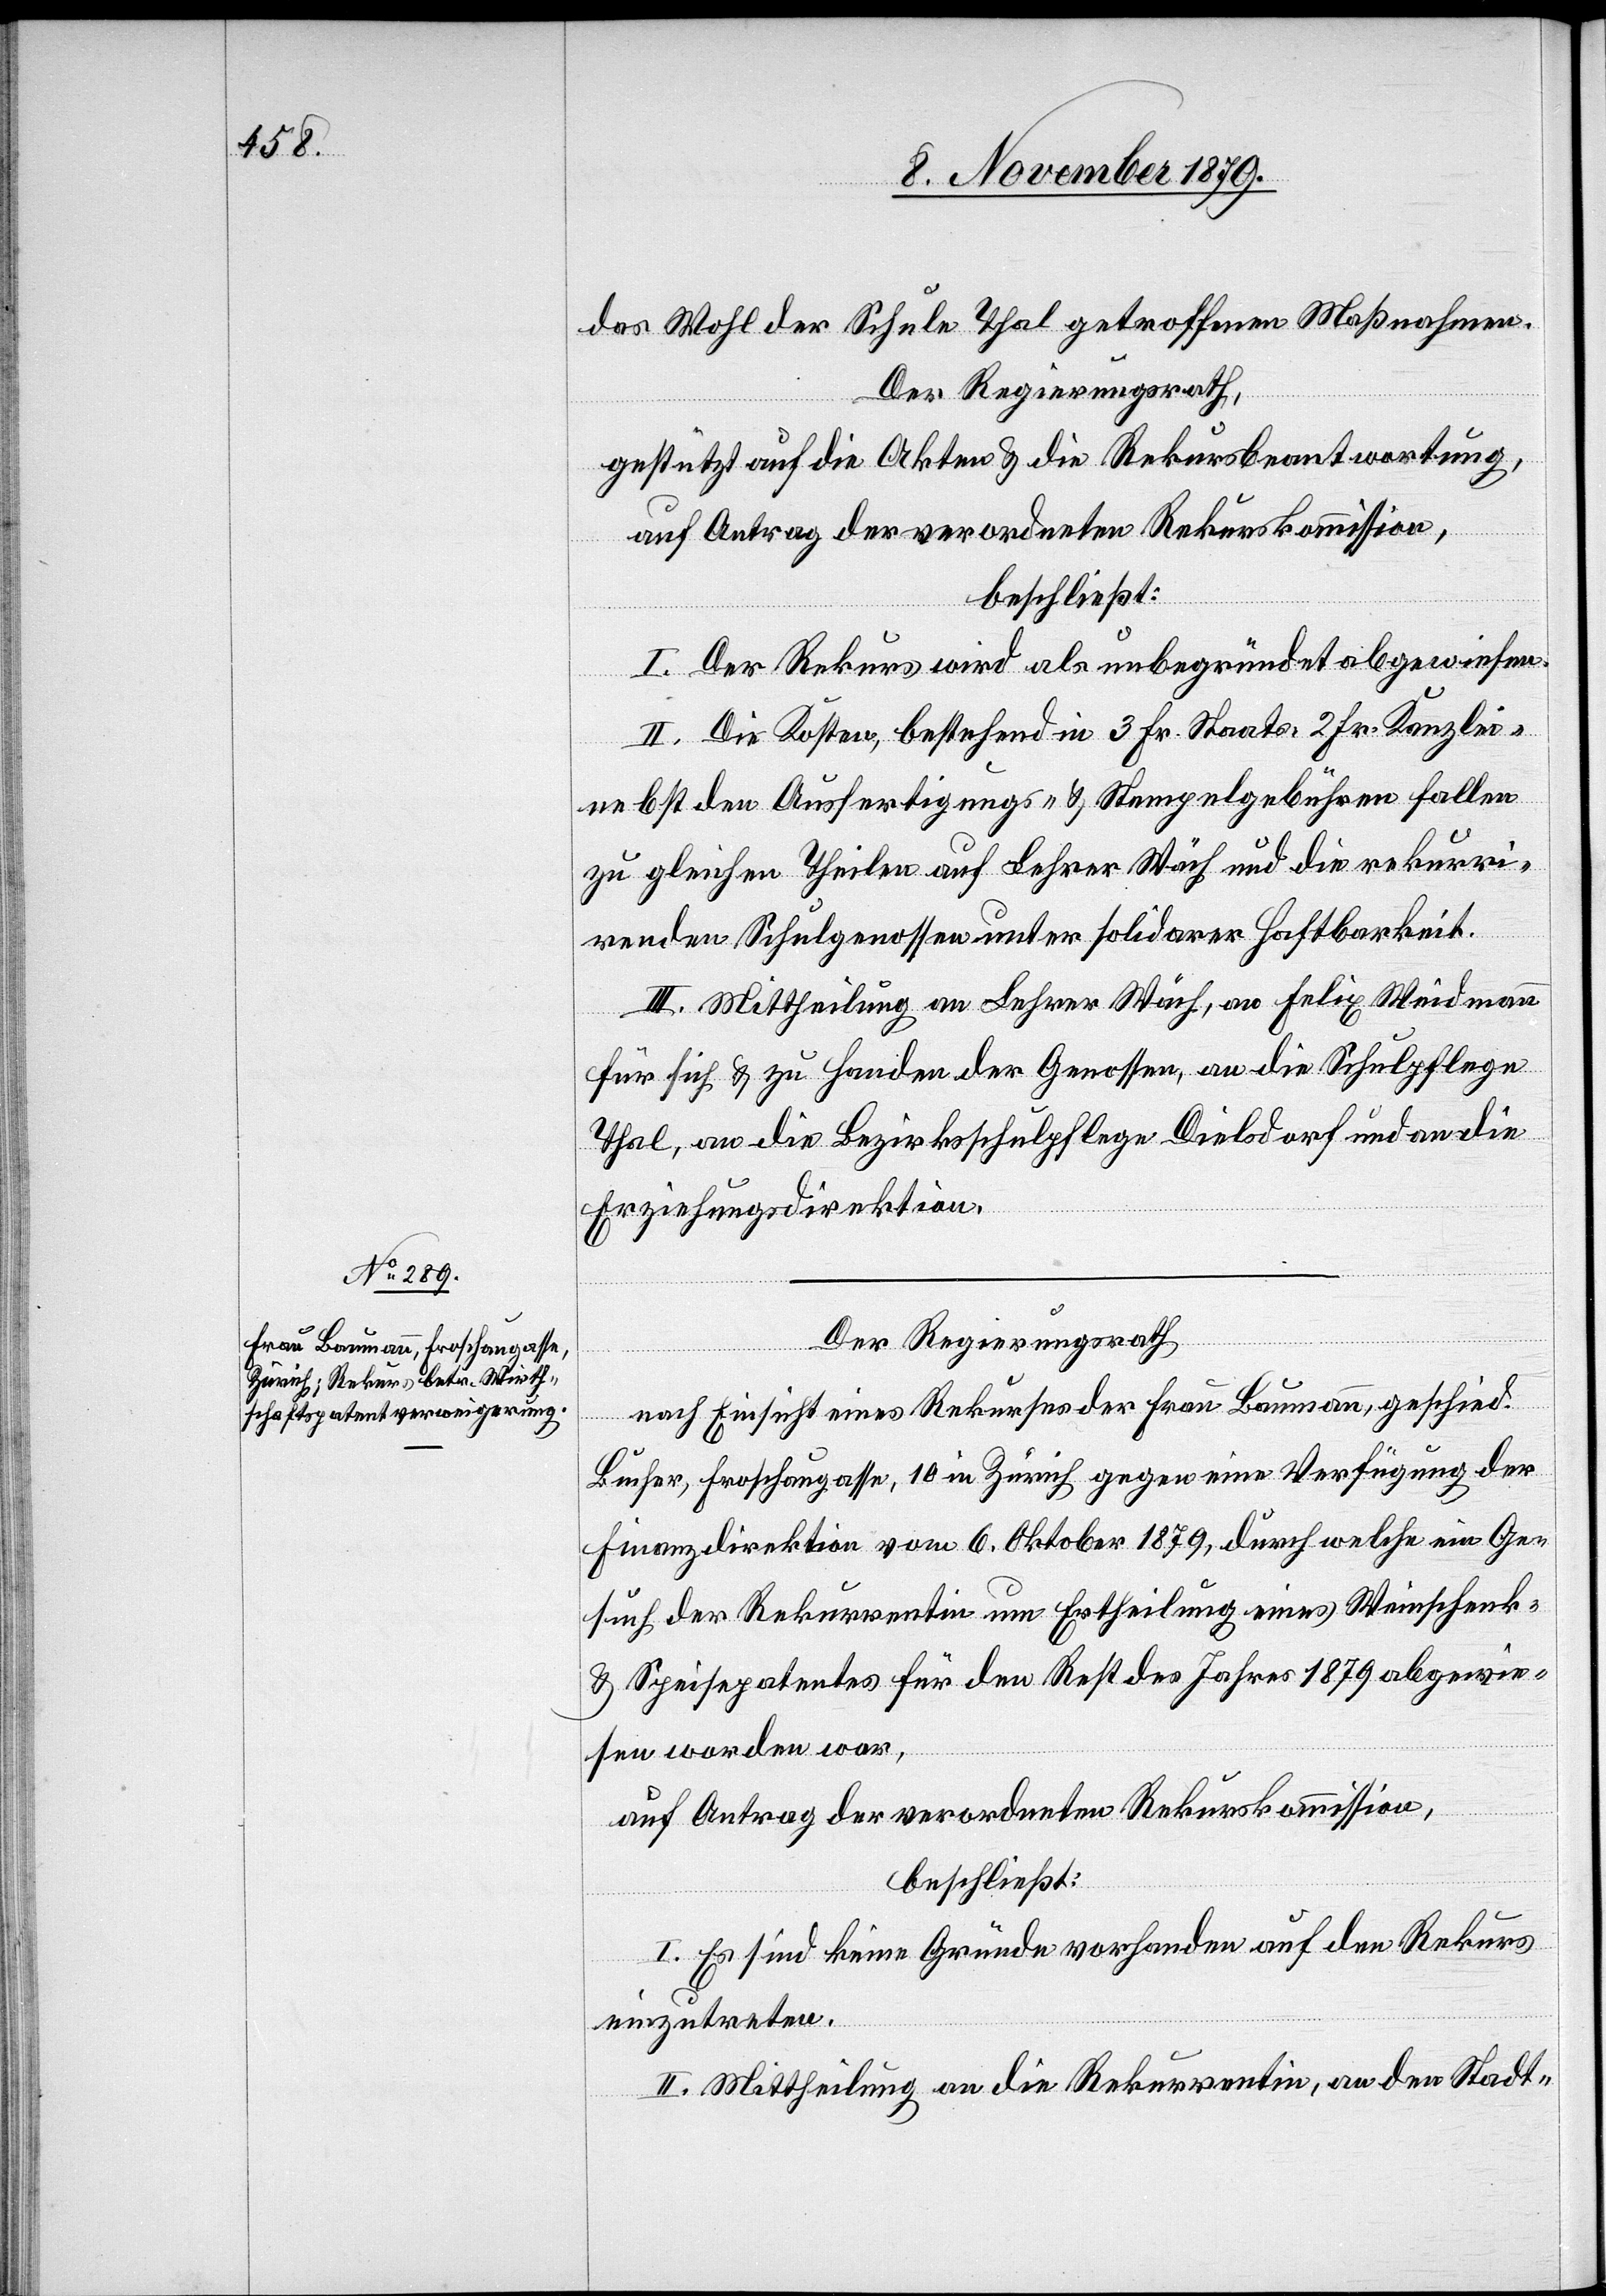
das Wohl der Schule Thal getroffenen Maßnahmen.
Der Regierungsrath,
gestützt auf die Akten & die Rekursbeantwortung,
I. Der Rekurs wird als unbegründet abgewiesen.
II. Die Kosten, bestehend in 3 Fr. Staats-[,] 2 Fr. Kanzlei-[,]
nebst den Ausfertigungs- & Stempelgebühren fallen
zu gleichen Theilen auf Lehrer Wäch und die rekurri¬
renden Schulgenossen unter solidarer Haftbarkeit.
III. Mittheilung an Lehrer Wäch, an Felix Weidmann
für sich & zu Handen der Genossen, an die Schulpflege
Thal, an die Bezirksschulpflege Dielsdorf und an die
Erziehungsdirektion.
Der Regierungsrath,
nach Einsicht eines Rekurses der Frau Baumann, geschied.
Bucher, Froschaugasse 10 in Zürich gegen eine Verfügung der
Finanzdirektion vom 6. Oktober 1879, durch welche ein Ge¬
such der Rekurrentin um Ertheilung eines Weinschenk-
& Speisepatentes für den Rest des Jahres 1879 abgewie¬
sen worden war,
auf Antrag der verordneten Rekurskommission
beschließt:
I. Es sind keine Gründe vorhanden auf den Rekurs
einzutreten.
II. Mittheilung an die Rekurrentin, an den Stadt-